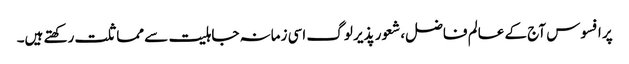
پر افسوس آج کے عالم فاضل، شعور پذیر لوگ اسی زمانہ جاہلیت سے مماثلت رکھتے ہیں۔